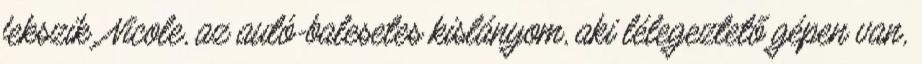
fekszik. Nicole, az autó-balesetes kislányom, aki lélegeztető gépen van,